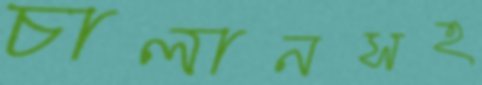
চালানসহ